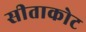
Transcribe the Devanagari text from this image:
सीताकोट